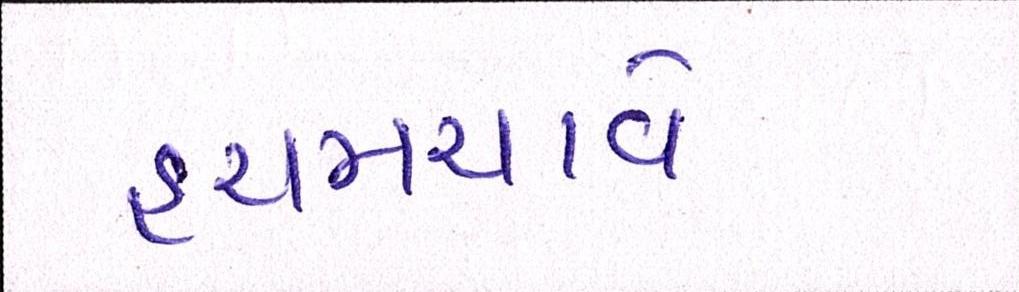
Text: હચમચાવે